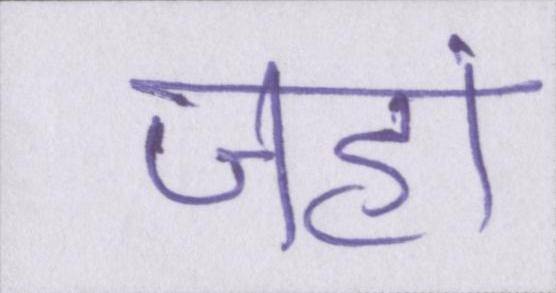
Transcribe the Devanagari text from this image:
जहां